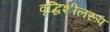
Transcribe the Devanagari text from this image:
वृद्धिशीलरूप